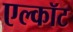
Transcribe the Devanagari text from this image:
एल्कॉट